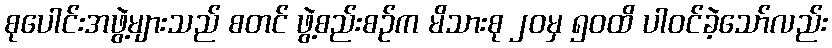
စုပေါင်းအဖွဲ့များသည် စတင် ဖွဲ့စည်းစဉ်က မိသားစု ၂၀မှ ၅၀ထိ ပါဝင်ခဲ့သော်လည်း